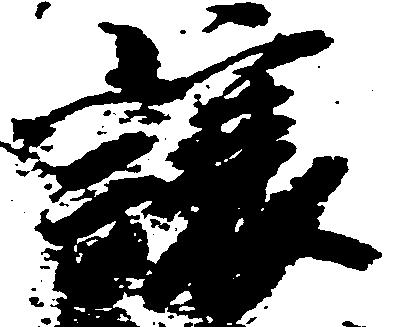
譲